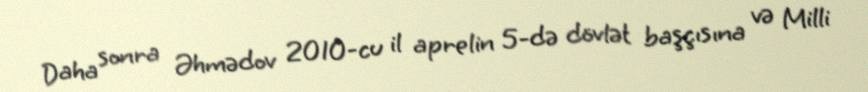
Daha sonra Əhmədov 2010-cu il aprelin 5-də dövlət başçısına və Milli